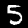
Digit: 5